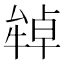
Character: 𤚷